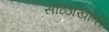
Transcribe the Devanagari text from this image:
सोळाखांबी